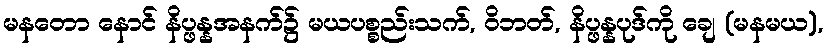
မနတော နောင် နိပ္ဖန္နအနက်၌ မယပစ္စည်းသက်, ဝိဘတ်, နိပ္ဖန္နပုဒ်ကို ချေ (မနမယ),